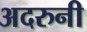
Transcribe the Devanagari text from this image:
अदरुनी